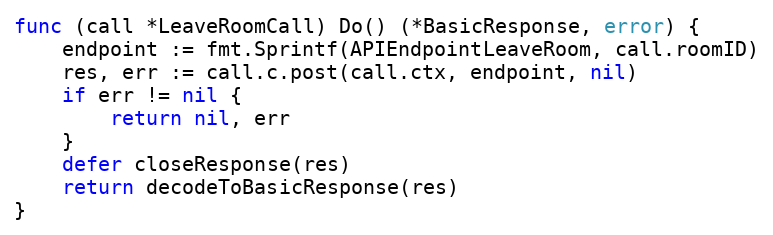
Language: Go
func (call *LeaveRoomCall) Do() (*BasicResponse, error) {
	endpoint := fmt.Sprintf(APIEndpointLeaveRoom, call.roomID)
	res, err := call.c.post(call.ctx, endpoint, nil)
	if err != nil {
		return nil, err
	}
	defer closeResponse(res)
	return decodeToBasicResponse(res)
}